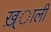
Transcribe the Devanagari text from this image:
ख़्ाली